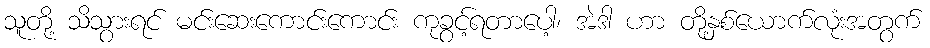
သူတို့ သိသွားရင် မင်းဆေးကောင်းကောင်း ကုခွင့်ရတာပေါ့၊ အဲဒါ ဟာ တို့နှစ်ယောက်လုံးအတွက်